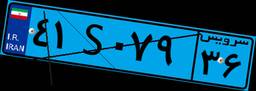
۴۱S۰۷۹۳۶